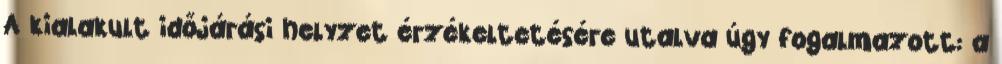
A kialakult időjárási helyzet érzékeltetésére utalva úgy fogalmazott: a